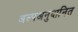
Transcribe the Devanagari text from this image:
अल्पअनुदानित